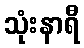
သုံးနာရီ